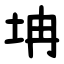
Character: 㘱